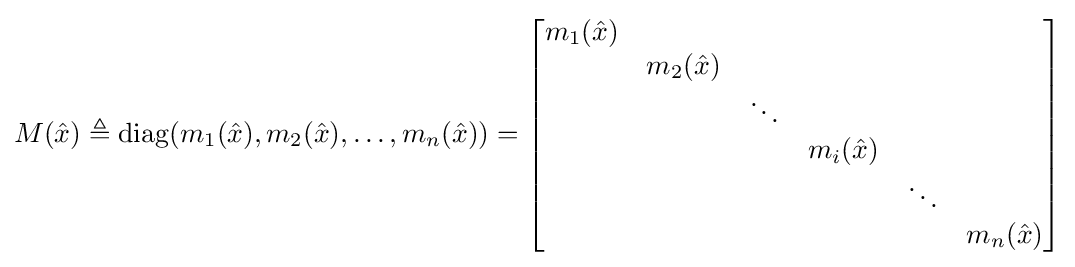
M({\hat {x}})\triangleq \operatorname {diag} (m_{1}({\hat {x}}),m_{2}({\hat {x}}),\ldots ,m_{n}({\hat {x}}))={\begin{bmatrix}m_{1}({\hat {x}})&&&&&\\&m_{2}({\hat {x}})&&&&\\&&\ddots &&&\\&&&m_{i}({\hat {x}})&&\\&&&&\ddots &\\&&&&&m_{n}({\hat {x}})\end{bmatrix}}